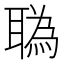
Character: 𦖯